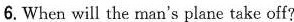
6. When will the man's plane take off?